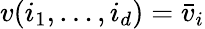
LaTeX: v(i_{1},\ldots,i_{d})=\bar{v}_{i}